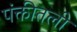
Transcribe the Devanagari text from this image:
पंक्तीतली